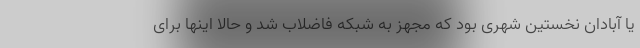
یا آبادان نخستین شهری بود که مجهز به شبکه فاضلاب شد و حالا اینها برای